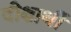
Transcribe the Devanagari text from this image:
दीक्षार्थी